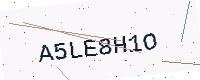
Text: A5LE8H1O